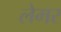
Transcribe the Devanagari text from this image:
लेमर